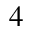
4